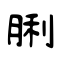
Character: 脷